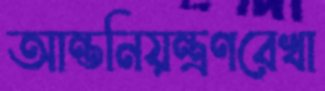
আন্তনিয়ন্ত্রণরেখা